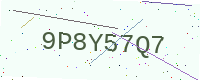
Text: 9P8Y57Q7